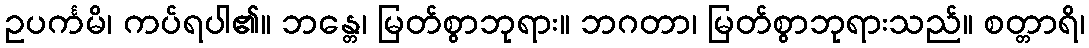
ဥပင်္ကမိ၊ ကပ်ရပါ၏။ ဘန္တေ၊ မြတ်စွာဘုရား။ ဘဂတာ၊ မြတ်စွာဘုရားသည်။ စတ္တာရိ၊